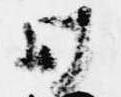
日